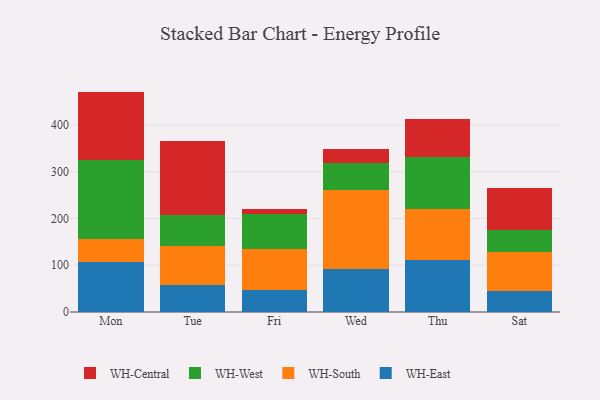
{"axis": {"x": "Day", "y": "Latency (ms)"}, "legend": ["WH-Central", "WH-East", "WH-South", "WH-West"], "data": [{"x": "Mon", "y": 107.1, "type": "WH-East"}, {"x": "Mon", "y": 49.1, "type": "WH-South"}, {"x": "Mon", "y": 168.2, "type": "WH-West"}, {"x": "Mon", "y": 147.2, "type": "WH-Central"}, {"x": "Tue", "y": 57.4, "type": "WH-East"}, {"x": "Tue", "y": 83.9, "type": "WH-South"}, {"x": "Tue", "y": 65.5, "type": "WH-West"}, {"x": "Tue", "y": 160.0, "type": "WH-Central"}, {"x": "Fri", "y": 47.6, "type": "WH-East"}, {"x": "Fri", "y": 87.8, "type": "WH-South"}, {"x": "Fri", "y": 73.6, "type": "WH-West"}, {"x": "Fri", "y": 12.4, "type": "WH-Central"}, {"x": "Wed", "y": 91.0, "type": "WH-East"}, {"x": "Wed", "y": 170.1, "type": "WH-South"}, {"x": "Wed", "y": 58.0, "type": "WH-West"}, {"x": "Wed", "y": 28.9, "type": "WH-Central"}, {"x": "Thu", "y": 110.7, "type": "WH-East"}, {"x": "Thu", "y": 109.3, "type": "WH-South"}, {"x": "Thu", "y": 111.8, "type": "WH-West"}, {"x": "Thu", "y": 80.4, "type": "WH-Central"}, {"x": "Sat", "y": 45.6, "type": "WH-East"}, {"x": "Sat", "y": 81.8, "type": "WH-South"}, {"x": "Sat", "y": 47.1, "type": "WH-West"}, {"x": "Sat", "y": 90.2, "type": "WH-Central"}]}